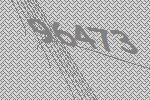
96473